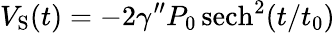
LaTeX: V_{\mathrm{{S}}}(t)=-2\gamma^{\prime\prime}P_{0}\, \mathrm{{sech}}^{2}(t/t_{0})